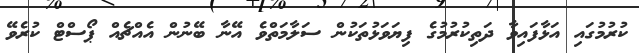
ކުރުމުގައި އަޅާފައިވާ ދަތިކުުރުމުގެ ފިޔަވަޅުތަކުން ސަލާމަތްވެ އޭނާ ބޭނުން އެއްޗެއް ޕޯސްޓް ކުރެވޭ